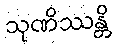
သုဏိဿန္တိ